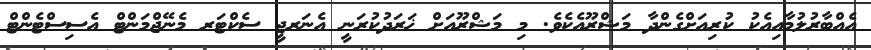
އެއްބާރުލުމާއިއެކު ކުރިއަށްގެންދާ މަޝްރޫއެކެވެ. މި މަޝްރޫއަށް ޚަރަދުކުރަނީ އެނަރޖީ ސެކްޓަރ މެނޭޖްމަންޓް އެސިސްޓެންޓް